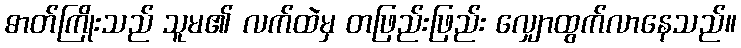
ဓာတ်ကြိုးသည် သူမ၏ လက်ထဲမှ တဖြည်းဖြည်း လျှောထွက်လာနေသည်။